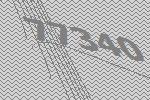
77340